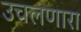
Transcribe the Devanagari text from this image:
उचलणारा